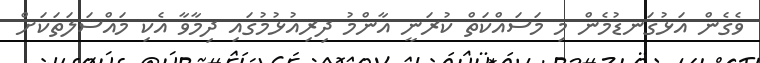
ވެގެން އަޅުގަނޑުމެން މި މަސައްކަތް ކުރަނީ އާންމު ދިރިއުޅުމުގައި ދިމާވާ އެކި މައްސަލަތަކަށް